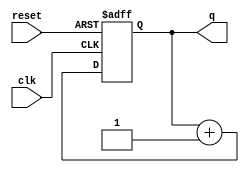
module top_module (
    input clk,
    input reset,
    output [9:0] q);

    reg [9:0] counter = 0;

    always @(posedge clk or posedge reset) begin
        if (reset) begin
            counter <= 0;
        end else begin
            counter <= counter + 1;
        end
    end

    assign q = counter;

endmodule